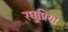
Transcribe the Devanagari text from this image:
रघुप्रिया